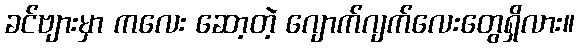
ခင်ဗျားမှာ ကလေး ဆော့တဲ့ ဂျောက်ဂျက်လေးတွေရှိလား။